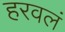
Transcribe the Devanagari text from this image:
हरवलं